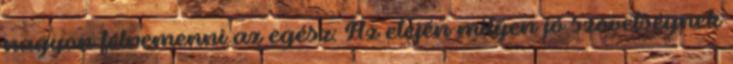
nagyon félremenni az egész: Az elején milyen jó szövetségnek